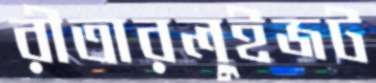
রীতারলুইজট